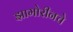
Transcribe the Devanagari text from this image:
झामोरीनचे